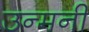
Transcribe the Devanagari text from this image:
उन्मनीं